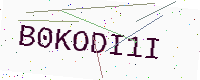
Text: B0KODI1I